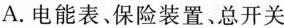
A.电能表、保险装置、总开关